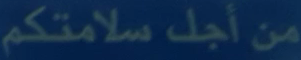
منأجلسلامتكم